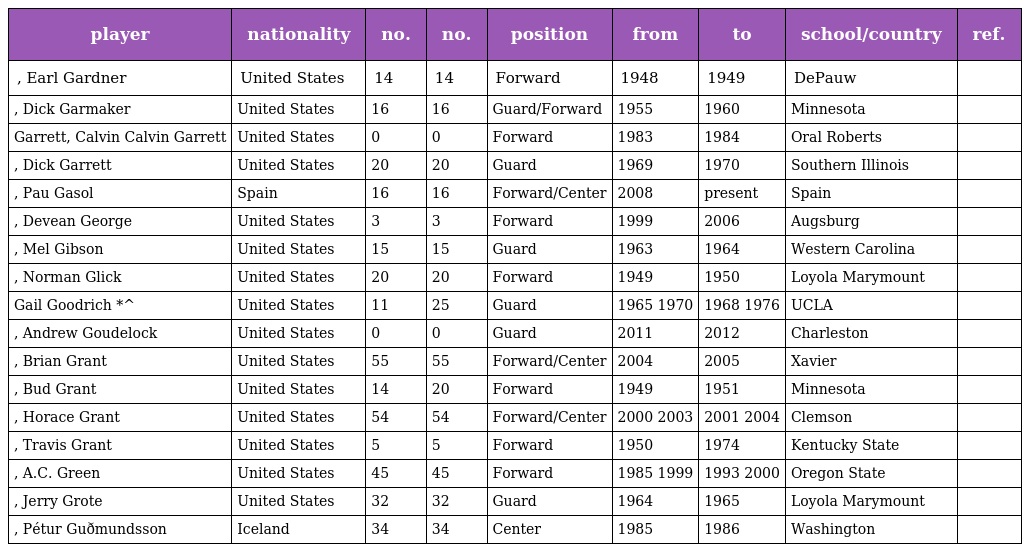
| player | nationality | no. | no. | position | from | to | school/country | ref. |
 | --- | --- | --- | --- | --- | --- | --- | --- | --- |
 | , Earl Gardner | United States | 14 | 14 | Forward | 1948 | 1949 | DePauw |  |
 | , Dick Garmaker | United States | 16 | 16 | Guard/Forward | 1955 | 1960 | Minnesota |  |
 | Garrett, Calvin Calvin Garrett | United States | 0 | 0 | Forward | 1983 | 1984 | Oral Roberts |  |
 | , Dick Garrett | United States | 20 | 20 | Guard | 1969 | 1970 | Southern Illinois |  |
 | , Pau Gasol | Spain | 16 | 16 | Forward/Center | 2008 | present | Spain |  |
 | , Devean George | United States | 3 | 3 | Forward | 1999 | 2006 | Augsburg |  |
 | , Mel Gibson | United States | 15 | 15 | Guard | 1963 | 1964 | Western Carolina |  |
 | , Norman Glick | United States | 20 | 20 | Forward | 1949 | 1950 | Loyola Marymount |  |
 | Gail Goodrich *^ | United States | 11 | 25 | Guard | 1965 1970 | 1968 1976 | UCLA |  |
 | , Andrew Goudelock | United States | 0 | 0 | Guard | 2011 | 2012 | Charleston |  |
 | , Brian Grant | United States | 55 | 55 | Forward/Center | 2004 | 2005 | Xavier |  |
 | , Bud Grant | United States | 14 | 20 | Forward | 1949 | 1951 | Minnesota |  |
 | , Horace Grant | United States | 54 | 54 | Forward/Center | 2000 2003 | 2001 2004 | Clemson |  |
 | , Travis Grant | United States | 5 | 5 | Forward | 1950 | 1974 | Kentucky State |  |
 | , A.C. Green | United States | 45 | 45 | Forward | 1985 1999 | 1993 2000 | Oregon State |  |
 | , Jerry Grote | United States | 32 | 32 | Guard | 1964 | 1965 | Loyola Marymount |  |
 | , Pétur Guðmundsson | Iceland | 34 | 34 | Center | 1985 | 1986 | Washington |  |